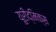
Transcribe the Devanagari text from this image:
यूरीद्मिक्स